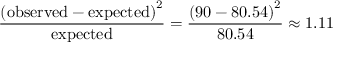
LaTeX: { \frac { \left( { \mathrm { o b s e r v e d } } - { \mathrm { e x p e c t e d } } \right) ^ { 2 } } { \mathrm { e x p e c t e d } } } = { \frac { \left( 9 0 - 8 0 . 5 4 \right) ^ { 2 } } { 8 0 . 5 4 } } \approx 1 . 1 1